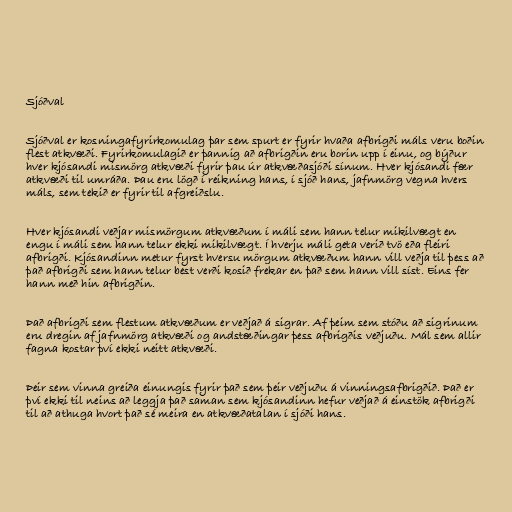
Sjóðval

Sjóðval er kosningafyrirkomulag þar sem spurt er fyrir hvaða afbrigði máls veru boðin
flest atkvæði. Fyrirkomulagið er þannig að afbrigðin eru borin upp í einu, og býður
hver kjósandi mismörg atkvæði fyrir þau úr atkvæðasjóði sínum. Hver kjósandi fær
atkvæði til umráða. Þau eru lögð í reikning hans, í sjóð hans, jafnmörg vegna hvers
máls, sem tekið er fyrir til afgreiðslu.

Hver kjósandi veðjar mismörgum atkvæðum í máli sem hann telur mikilvægt en
engu í máli sem hann telur ekki mikilvægt. Í hverju máli geta verið tvö eða fleiri
afbrigði. Kjósandinn metur fyrst hversu mörgum atkvæðum hann vill veðja til þess að
það afbrigði sem hann telur best verði kosið frekar en það sem hann vill síst. Eins fer
hann með hin afbrigðin.

Það afbrigði sem flestum atkvæðum er veðjað á sigrar. Af þeim sem stóðu að sigrinum
eru dregin af jafnmörg atkvæði og andstæðingar þess afbrigðis veðjuðu. Mál sem allir
fagna kostar því ekki neitt atkvæði.

Þeir sem vinna greiða einungis fyrir það sem þeir veðjuðu á vinningsafbrigðið. Það er
því ekki til neins að leggja það saman sem kjósandinn hefur veðjað á einstök afbrigði
til að athuga hvort það sé meira en atkvæðatalan í sjóði hans.